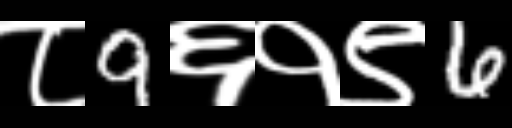
Text: ८9६१९6